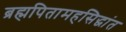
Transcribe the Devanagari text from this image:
ब्रह्मपितामहसिद्धांत